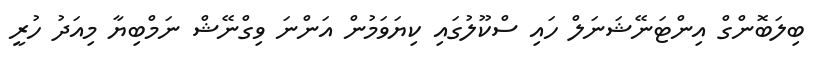
ބިލަބޮންގް އިންޓަނޭޝަނަލް ހައި ސްކޫލުގައި ކިޔަވަމުން އަންނަ ވިގްނޭޝް ނަމްބިޔާ މިއަދު ހުރީ